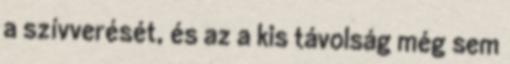
a szívverését, és az a kis távolság még sem